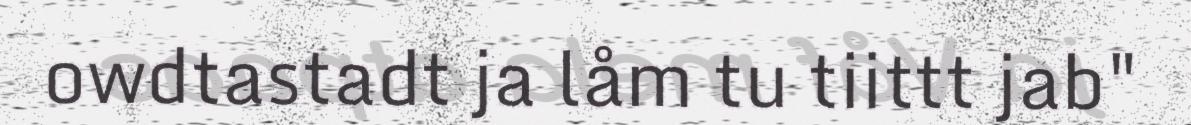
owdtastadt ja låm tu tiittt jab"